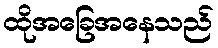
ထိုအခြေအနေသည်